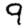
Digit: 9